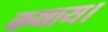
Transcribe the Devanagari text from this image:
कषाय।